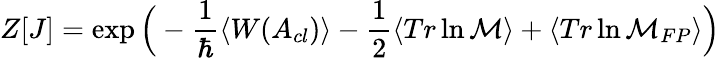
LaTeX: Z[J]=\exp\Big(-\frac{1}{\hbar}\langle W(A_{cl})\rangle-\frac{1}{2}\langle Tr\ln{\cal M}\rangle+\langle Tr\ln{\cal M}_{FP}\rangle\Big)